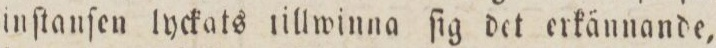
inſtanſen lyckats tillwinna ſig det erkännande,